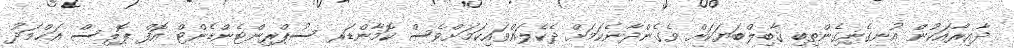
ދާއިރާއަކުން އުނގެނިގެންތިބި ޤާބިލްބަޔަކަށް ވެގެންދާނެކަމަށް ދެކެލައްވައިކަމަށްވެސް ކޮމާންޑަރ ސުޕްރިންޓެންޑެންޓް އޮފް ޕޮލިސް އަޙްމަދު